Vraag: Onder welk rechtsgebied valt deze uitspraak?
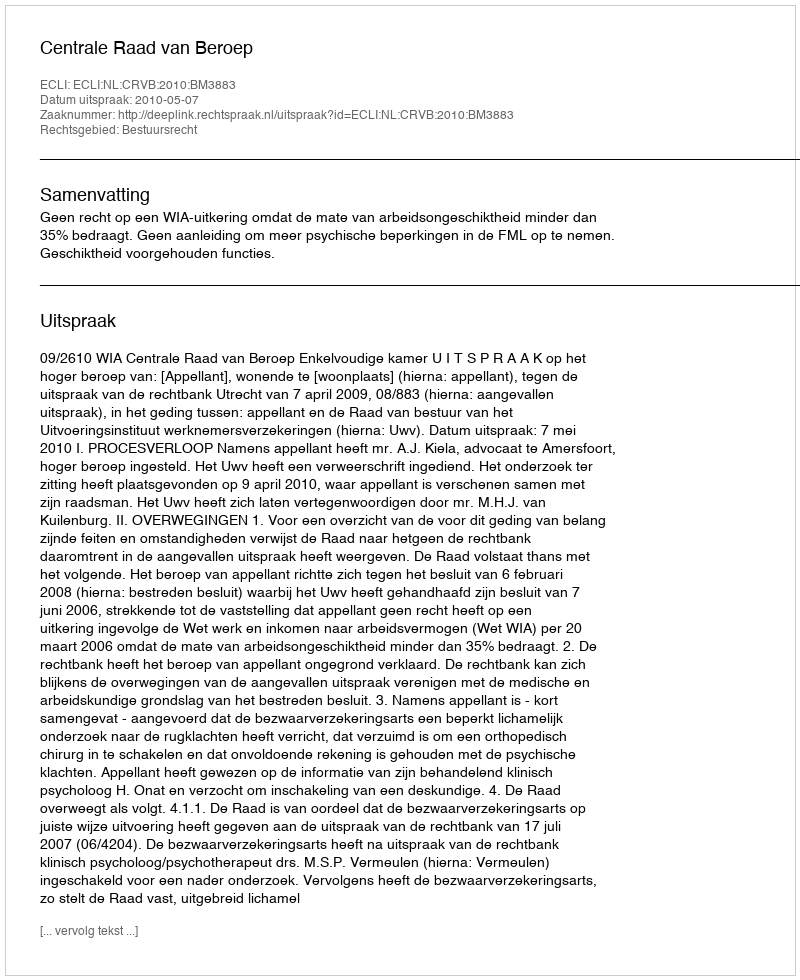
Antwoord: Bestuursrecht